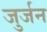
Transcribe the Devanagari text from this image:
जुर्जन